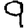
Digit: 9